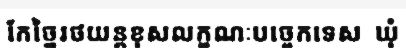
កែច្នៃរថយន្តខុសលក្ខណៈបច្ចេកទេស  ឃុំ